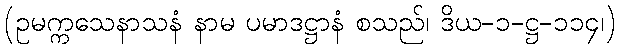
(ဥမက္ကသေနာသနံ နာမ ပမာဒဋ္ဌာနံ စသည်၊ ဒိယ-၁-ဋ္ဌ-၁၁၄၊)